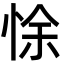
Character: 悇